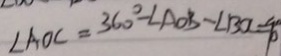
\angle A O C = 3 6 0 ^ { \circ } - \angle A O B - \angle B O C = 9 0 ^ { \circ }